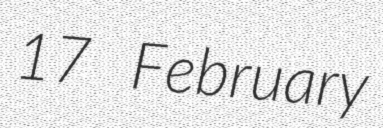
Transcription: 17 February